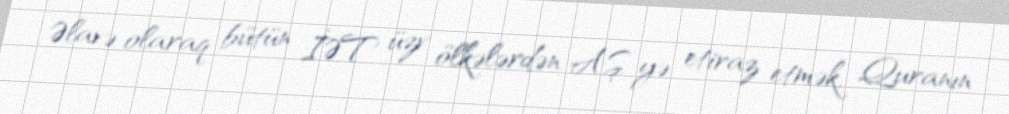
Əlavə olaraq bütün İƏT üzv ölkələrdən AŞ-yə etiraz etmək, Quranın